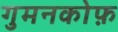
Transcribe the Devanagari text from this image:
गुमनकोफ़